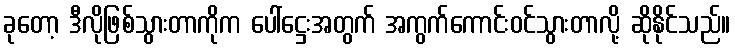
ခုတော့ ဒီလိုဖြစ်သွားတာကိုက ပေါ်ဋ္ဌေးအတွက် အကွက်ကောင်းဝင်သွားတာလို့ ဆိုနိုင်သည်။